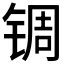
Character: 𬭕